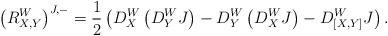
LaTeX: \begin{align*} \left(R^W_{X,Y}\right)^{J,-}=\frac{1}{2}\left(D^W_X\left(D^W_YJ\right)-D^W_Y\left(D^W_XJ\right)-D^W_{[X,Y]}J \right). \end{align*}